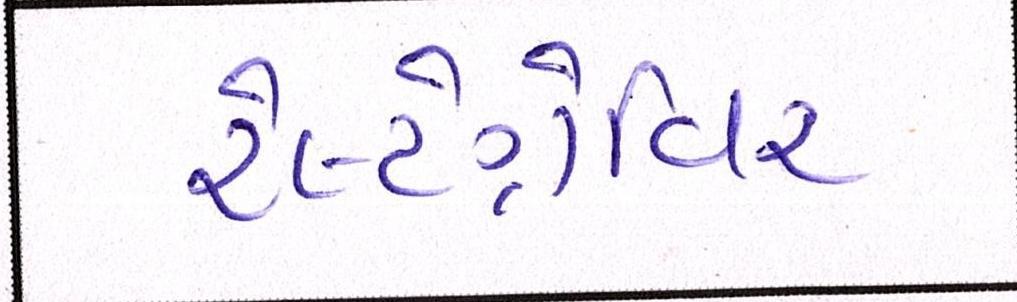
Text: રેલ્ટેગ્રેવિર